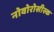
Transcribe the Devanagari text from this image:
नोवोरोसीस्क